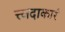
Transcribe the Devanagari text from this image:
त्त्वदाकारं